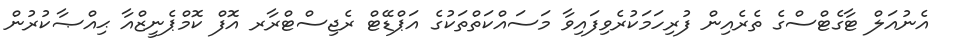
އެނުއަލް ޓާގެޓްސްގެ ތެރެއިން ފުރިހަމަކުރެވިފައިވާ މަސައްކަތްތަކުގެ އަޕްޑޭޓް ރެޖިސްޓްރާރ އޮފް ކޮމްޕެނީޒްއާ ޙިއްޞާކުރުން